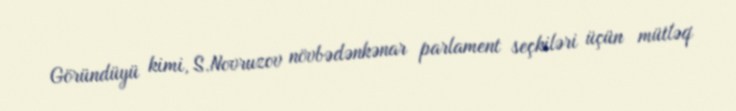
Göründüyü kimi, S.Novruzov növbədənkənar parlament seçkiləri üçün mütləq